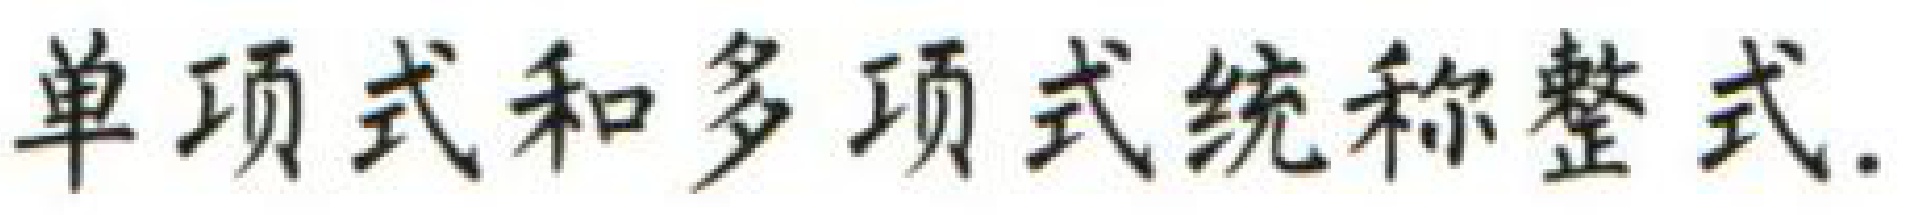
单项式和多项式统称整式.